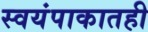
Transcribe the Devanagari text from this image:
स्वयंपाकातही